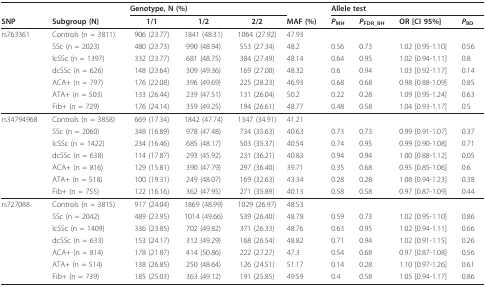
<table><thead><tr><td></td><td></td><td colspan="3"><b>Genotype, N (%)</b></td><td></td><td colspan="4"><b>Allele test</b></td></tr><tr><td><b>SNP</b></td><td><b>Subgroup (N)</b></td><td><b>1/1</b></td><td><b>1/2</b></td><td><b>2/2</b></td><td><b>MAF (%)</b></td><td><b><i>P</i><sub>MH</sub></b></td><td><b><i>P</i><sub>FDR_BH</sub></b></td><td><b>OR [CI 95%]</b></td><td><b><i>P</i><sub>BD</sub></b></td></tr></thead><tbody><tr><td>rs763361</td><td>Controls (n = 3811)</td><td>906 (23.77)</td><td>1841 (48.31)</td><td>1064 (27.92)</td><td>47.93</td><td></td><td></td><td></td><td></td></tr><tr><td></td><td>SSc (n = 2023)</td><td>480 (23.73)</td><td>990 (48.94)</td><td>553 (27.34)</td><td>48.2</td><td>0.56</td><td>0.73</td><td>1.02 [0.95-1.10]</td><td>0.56</td></tr><tr><td></td><td>lcSSc (n = 1397)</td><td>332 (23.77)</td><td>681 (48.75)</td><td>384 (27.49)</td><td>48.14</td><td>0.64</td><td>0.95</td><td>1.02 [0.94-1.11]</td><td>0.8</td></tr><tr><td></td><td>dcSSc (n = 626)</td><td>148 (23.64)</td><td>309 (49.36)</td><td>169 (27.00)</td><td>48.32</td><td>0.6</td><td>0.94</td><td>1.03 [0.92-1.17]</td><td>0.14</td></tr><tr><td></td><td>ACA+ (n = 797)</td><td>176 (22.08)</td><td>396 (49.69)</td><td>225 (28.23)</td><td>46.93</td><td>0.68</td><td>0.68</td><td>0.98 [0.88-1.09]</td><td>0.85</td></tr><tr><td></td><td>ATA+ (n = 503)</td><td>133 (26.44)</td><td>239 (47.51)</td><td>131 (26.04)</td><td>50.2</td><td>0.22</td><td>0.28</td><td>1.09 [0.95-1.24]</td><td>0.63</td></tr><tr><td></td><td>Fib+ (n = 729)</td><td>176 (24.14)</td><td>359 (49.25)</td><td>194 (26.61)</td><td>48.77</td><td>0.48</td><td>0.58</td><td>1.04 [0.93-1.17]</td><td>0.5</td></tr><tr><td>rs34794968</td><td>Controls (n = 3858)</td><td>669 (17.34)</td><td>1842 (47.74)</td><td>1347 (34.91)</td><td>41.21</td><td></td><td></td><td></td><td></td></tr><tr><td></td><td>SSc (n = 2060)</td><td>348 (16.89)</td><td>978 (47.48)</td><td>734 (35.63)</td><td>40.63</td><td>0.73</td><td>0.73</td><td>0.99 [0.91-1.07]</td><td>0.37</td></tr><tr><td></td><td>lcSSc (n = 1422)</td><td>234 (16.46)</td><td>685 (48.17)</td><td>503 (35.37)</td><td>40.54</td><td>0.74</td><td>0.95</td><td>0.99 [0.90-1.08]</td><td>0.71</td></tr><tr><td></td><td>dcSSc (n = 638)</td><td>114 (17.87)</td><td>293 (45.92)</td><td>231 (36.21)</td><td>40.83</td><td>0.94</td><td>0.94</td><td>1.00 [0.88-1.12]</td><td>0.05</td></tr><tr><td></td><td>ACA+ (n = 816)</td><td>129 (15.81)</td><td>390 (47.79)</td><td>297 (36.40)</td><td>39.71</td><td>0.35</td><td>0.68</td><td>0.95 [0.85-1.06]</td><td>0.6</td></tr><tr><td></td><td>ATA+ (n = 518)</td><td>100 (19.31)</td><td>249 (48.07)</td><td>169 (32.63)</td><td>43.34</td><td>0.28</td><td>0.28</td><td>1.08 [0.94-1.23]</td><td>0.38</td></tr><tr><td></td><td>Fib+ (n = 755)</td><td>122 (16.16)</td><td>362 (47.95)</td><td>271 (35.89)</td><td>40.13</td><td>0.58</td><td>0.58</td><td>0.97 [0.87-1.09]</td><td>0.44</td></tr><tr><td>rs727088</td><td>Controls (n = 3815)</td><td>917 (24.04)</td><td>1869 (48.99)</td><td>1029 (26.97)</td><td>48.53</td><td></td><td></td><td></td><td></td></tr><tr><td></td><td>SSc (n = 2042)</td><td>489 (23.95)</td><td>1014 (49.66)</td><td>539 (26.40)</td><td>48.78</td><td>0.59</td><td>0.73</td><td>1.02 [0.95-1.10]</td><td>0.86</td></tr><tr><td></td><td>lcSSc (n = 1409)</td><td>336 (23.85)</td><td>702 (49.82)</td><td>371 (26.33)</td><td>48.76</td><td>0.63</td><td>0.95</td><td>1.02 [0.94-1.11]</td><td>0.66</td></tr><tr><td></td><td>dcSSc (n = 633)</td><td>153 (24.17)</td><td>312 (49.29)</td><td>168 (26.54)</td><td>48.82</td><td>0.71</td><td>0.94</td><td>1.02 [0.91-1.15]</td><td>0.26</td></tr><tr><td></td><td>ACA+ (n = 814)</td><td>178 (21.87)</td><td>414 (50.86)</td><td>222 (27.27)</td><td>47.3</td><td>0.54</td><td>0.68</td><td>0.97 [0.87-1.08]</td><td>0.56</td></tr><tr><td></td><td>ATA+ (n = 514)</td><td>138 (26.85)</td><td>250 (48.64)</td><td>126 (24.51)</td><td>51.17</td><td>0.14</td><td>0.28</td><td>1.10 [0.97-1.26]</td><td>0.61</td></tr><tr><td></td><td>Fib+ (n = 739)</td><td>185 (25.03)</td><td>363 (49.12)</td><td>191 (25.85)</td><td>49.59</td><td>0.4</td><td>0.58</td><td>1.05 [0.94-1.17]</td><td>0.86</td></tr></tbody></table>